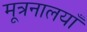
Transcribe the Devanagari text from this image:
मूत्रनालयाँ